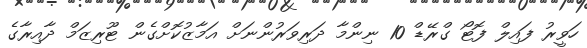
ހަވީރު ފައިލް ފޮޓޯ ގްރޭޑް 10 ނިންމާ ދަރިވަރުންނަށް އަމާޒުކޮށްގެން ޓޫރިޒަމް ދާއިރާގެ